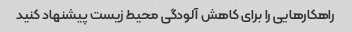
راهکارهایی را برای کاهش آلودگی محیط زیست پیشنهاد کنید